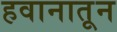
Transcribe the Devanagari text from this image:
हवानातून